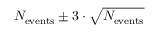
N _ { \mathrm { e v e n t s } } \pm 3 \cdot \sqrt { N _ { \mathrm { e v e n t s } } }